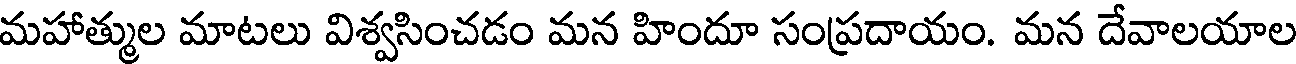
మహాత్ముల మాటలు విశ్వసించడం మన హిందూ సంప్రదాయం. మన దేవాలయాల